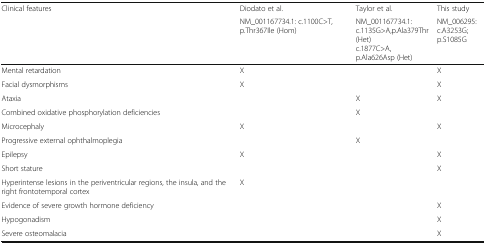
| <ROWSPAN=2> Clinical features | Diodato et al. | Taylor et al. | This study |
 | NM_001167734.1: c.1100C>T, p.Thr367Ile (Hom) | NM_001167734.1:c.1135G>A,p.Ala379Thr (Het)c.1877C>A, p.Ala626Asp (Het) | NM_006295:c.A3253G; p.S1085G |
 | --- | --- | --- | --- |
 | Mental retardation | X |  | X |
 | Facial dysmorphisms | X |  | X |
 | Ataxia |  | X | X |
 | Combined oxidative phosphorylation deficiencies |  | X |  |
 | Microcephaly | X |  | X |
 | Progressive external ophthalmoplegia |  | X |  |
 | Epilepsy | X |  | X |
 | Short stature |  |  | X |
 | Hyperintense lesions in the periventricular regions, the insula, and the right frontotemporal cortex | X |  |  |
 | Evidence of severe growth hormone deficiency |  |  | X |
 | Hypogonadism |  |  | X |
 | Severe osteomalacia |  |  | X |